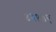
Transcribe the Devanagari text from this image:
४२१७ए